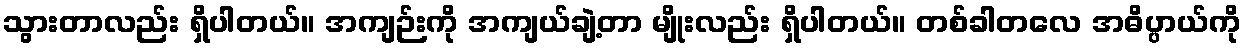
သွားတာလည်း ရှိပါတယ်။ အကျဉ်းကို အကျယ်ချဲ့တာ မျိုးလည်း ရှိပါတယ်။ တစ်ခါတလေ အဓိပ္ပာယ်ကို